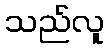
သည်လူ